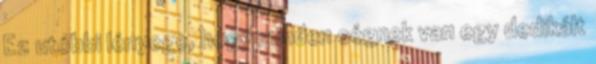
Ez utóbbi lényege, hogy minden cégnek van egy dedikált